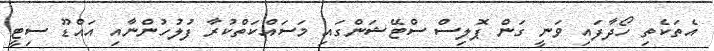
އެތަކެތި ހޯދާފައި ވަނީ ގަން ޕޮލިސް ސްޓޭޝަންގައި މަސައްކަތްކުރާ ފުލުހުންނާއި އައްޑޫ ސިޓީ